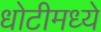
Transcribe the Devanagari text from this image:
धोटीमध्ये